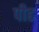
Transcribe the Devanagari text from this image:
पीढ